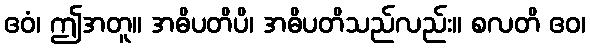
ဧဝံ၊ ဤအတူ။ အဓိပတိပိ၊ အဓိပတိသည်လည်း။ စလတိ ဧဝ၊